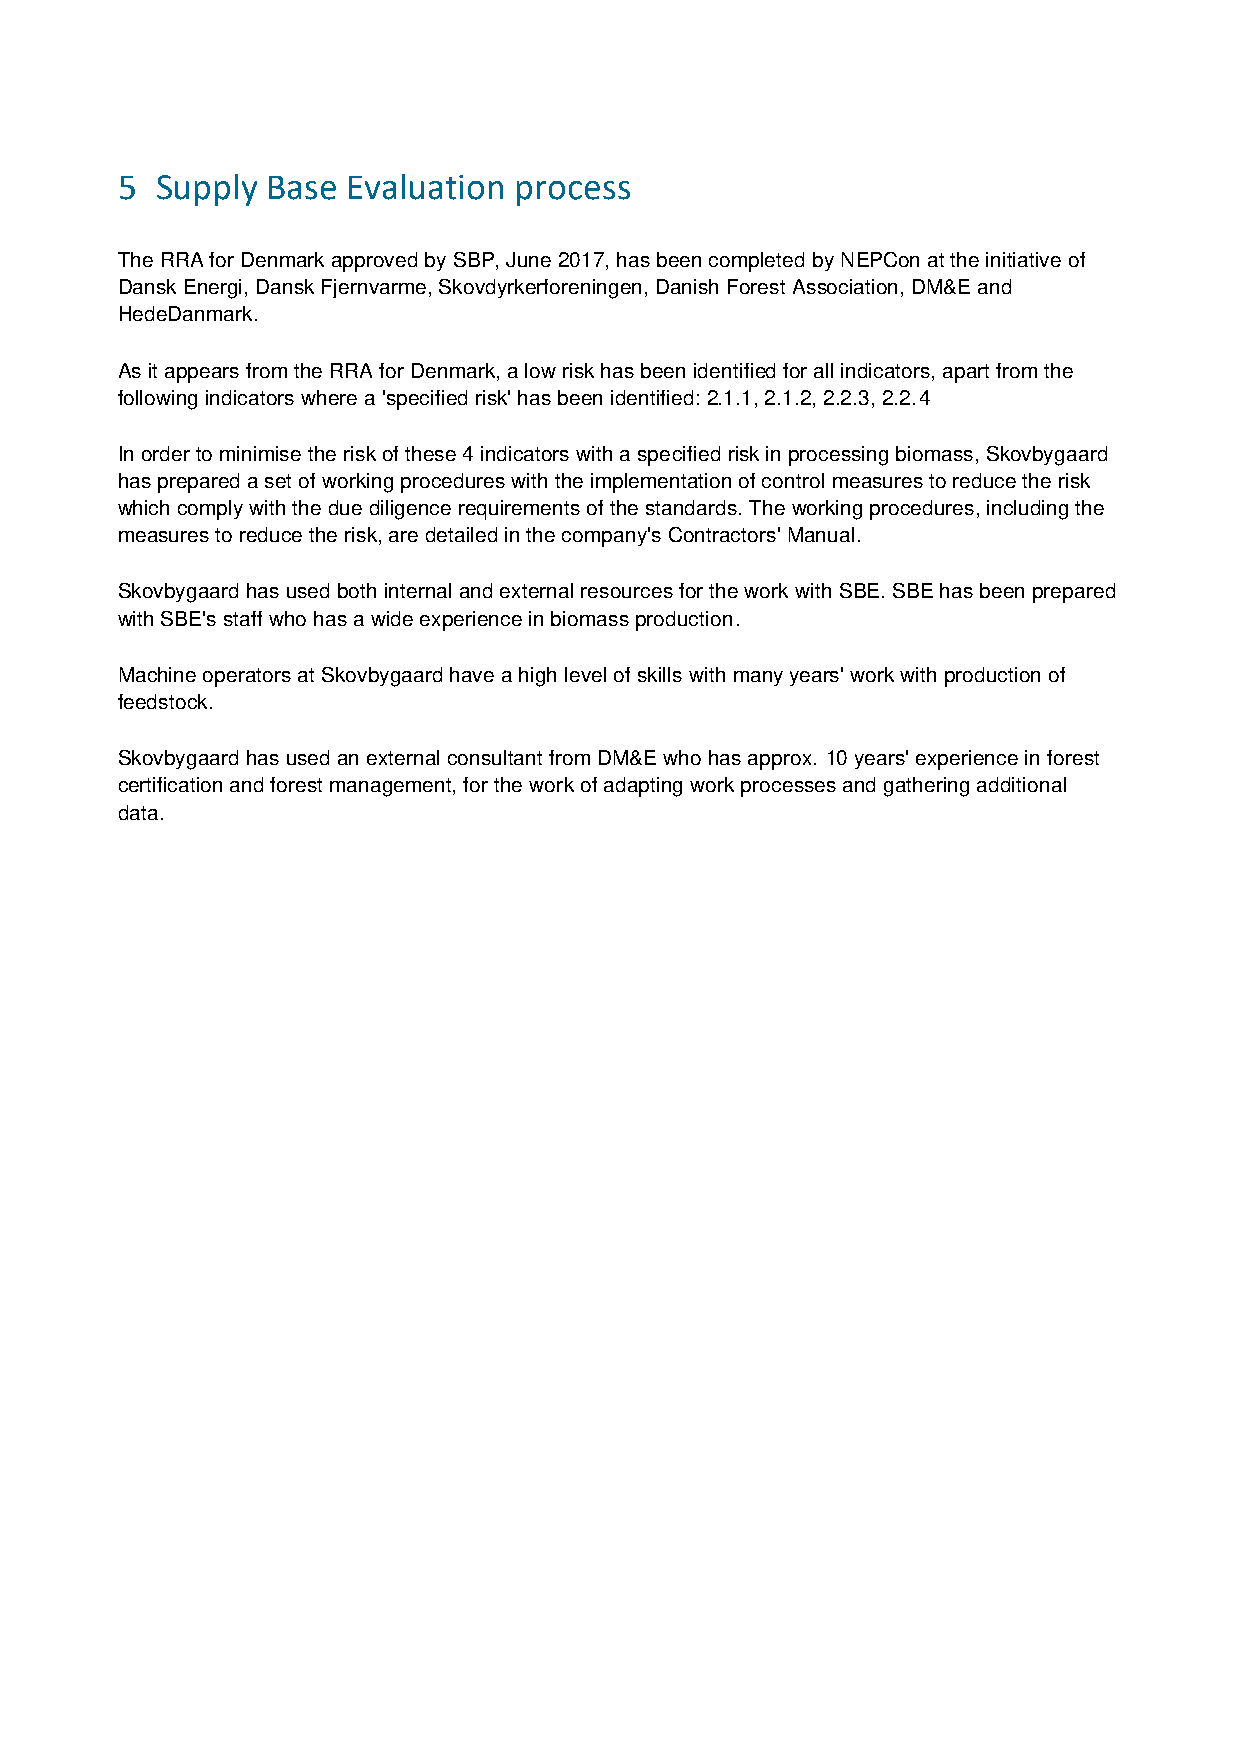
5 Supply  Base Evaluation process
 The RRA for Denmark approved by SBP, June 2017, has been completed by NEPCon at the initiative of
 Dansk Energi, Dansk Fjernvarme, Skovdyrkerforeningen, Danish Forest Association, DM&E and
 HedeDanmark.
 As it appears from the RRA for Denmark, a low risk has been identified for all indicators, apart from the
 following indicators where a 'specified risk' has been identified: 2.1.1, 2.1.2, 2.2.3, 2.2.4
 In order to minimise the risk of these 4 indicators with a specified risk in processing biomass, Skovbygaard
 has prepared a set of working procedures with the implementation of control measures to reduce the risk
 which comply with the due diligence requirements of the standards. The working procedures, including the
 measures to reduce the risk, are detailed in the company's Contractors' Manual.
 Skovbygaard has used both internal and external resources for the work with SBE. SBE has been prepared
 with SBE's staff who has a wide experience in biomass production.
 Machine operators at Skovbygaard have a high level of skills with many years' work with production of
 feedstock.
 Skovbygaard has used an external consultant from DM&E who has approx. 10 years' experience in forest
 certification and forest management, for the work of adapting work processes and gathering additional
 data.